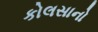
કોલસાનો